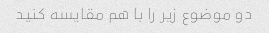
دو موضوع زیر را با هم مقایسه کنید